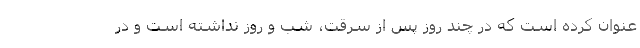
عنوان کرده است که در چند روز پس از سرقت، شب و روز نداشته است و در